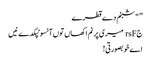
” "شبنم دے قطرے
جrsF میری پرنم اکھاں تو‏ں آنسو ٹپکدے نیں
اے خوبصورتی!